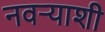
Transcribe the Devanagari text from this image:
नवर्‍याशी